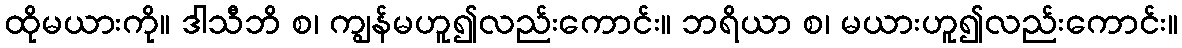
ထိုမယားကို။ ဒါသီဘိ စ၊ ကျွန်မဟူ၍လည်းကောင်း။ ဘရိယာ စ၊ မယားဟူ၍လည်းကောင်း။